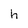
Character: h